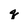
Character: q